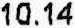
10.14